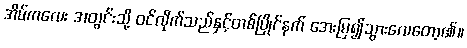
အိမ်ကလေး အတွင်းသို့ ဝင်လိုက်သည်နှင့်တစ်ပြိုင်နက် အေးမြ၍သွားလေတော့၏။